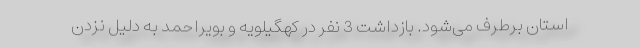
استان برطرف می‌شود. بازداشت 3 نفر در کهگیلویه و بویراحمد به دلیل نزدن